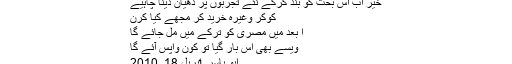
کنعان, ‏اپریل 18, 2010
خیر اب اس بحث کو بند کرکے نئے تجربوں پر دھیان دینا چاہیے
کوکر وغیرہ خرید کر مجھے کیا کرن
ا بعد میں مصری کو ترکے میں مل جائے گا
ویسے بھی اس بار گیا تو کون واپس آئے گا
ابو یاسر, ‏اپریل 18, 2010
پاکستان میں تو مسور کی دال کے چھلکے ہوتے ہیں !